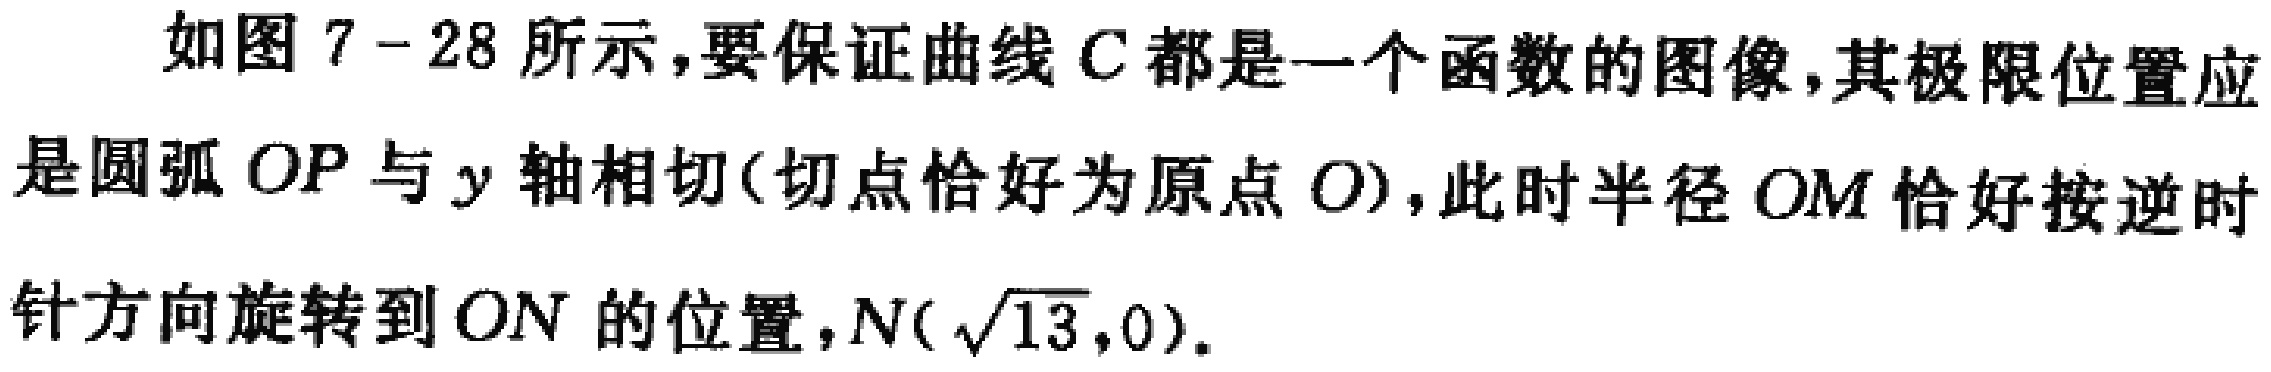
如图7 - 28所示，要保证曲线\(C\)都是一个函数的图像，其极限位置应是圆弧\(OP\)与\(y\)轴相切(切点恰好为原点\(O\))，此时半径\(OM\)恰好按逆时针方向旋转到\(ON\)的位置，\(N(\sqrt{13},0)\)。